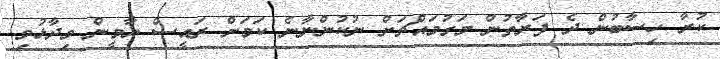
ކުރާ ހިސާބުން ދެ ފަރާތުން މަގުމައްޗަށް ނުކުންނާނެ ކަމަށް ރައީސް ޔާމީން ވިދާޅުވި